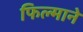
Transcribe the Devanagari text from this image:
फिल्‍माने